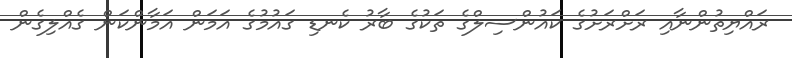
ރައްޔިތުންނާއި ރަށްރަށުގެ ކައުންސިލްގެ ތަކުގެ ބާރު ކެނޑި ގައުމުގެ އަމަން އަމާންކަން ގެއްލިގެން